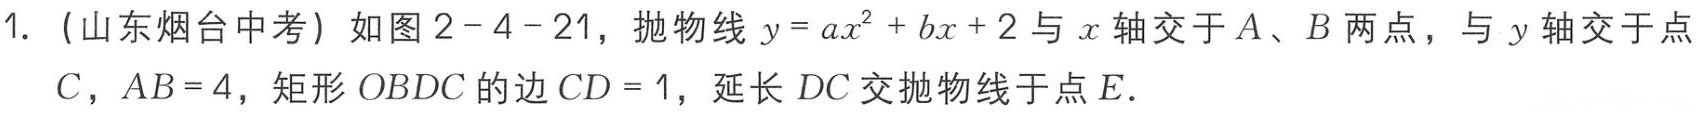
1. (山东烟台中考) 如图2 - 4 - 21，抛物线\(y = ax^{2}+bx + 2\)与\(x\)轴交于\(A\)、\(B\)两点，与\(y\)轴交于点\(C\)，\(AB = 4\)，矩形\(OBDC\)的边\(CD = 1\)，延长\(DC\)交抛物线于点\(E\).